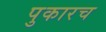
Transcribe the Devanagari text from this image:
पुकारच